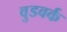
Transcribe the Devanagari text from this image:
वुडवर्क